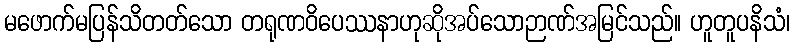
မဖောက်မပြန်သိတတ်သော တရုဏဝိပေဿနာဟုဆိုအပ်သောဉာဏ်အမြင်သည်။ ဟူတူပနိသံ၊